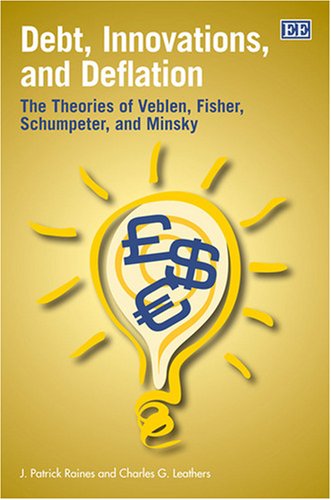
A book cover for Debt, Innovations and Deflation: The Theories of Veblen, Fisher, Schumpeter and Minsky; J. Patrick Raines; Business & Money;